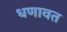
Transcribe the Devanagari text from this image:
धणावत